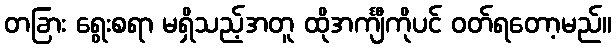
တခြား ရွေးစရာ မရှိသည့်အတူ ထိုအင်္ကျီကိုပင် ဝတ်ရတော့မည်။